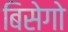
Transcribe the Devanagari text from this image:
बिसेगो